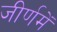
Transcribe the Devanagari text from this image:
जीर्णमें